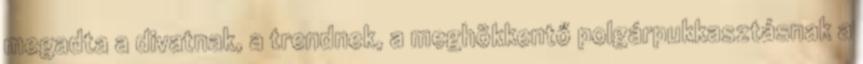
megadta a divatnak, a trendnek, a meghökkentő polgárpukkasztásnak a